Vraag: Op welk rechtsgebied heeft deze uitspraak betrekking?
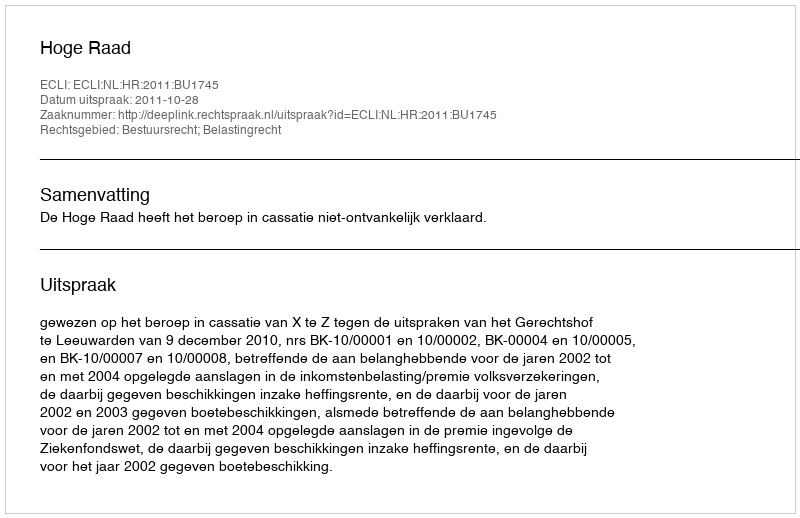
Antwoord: Bestuursrecht; Belastingrecht